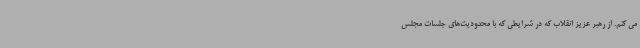
می کنم. از رهبر عزیز انقلاب که در شرایطی که با محدودیت‌های جلسات مجلس